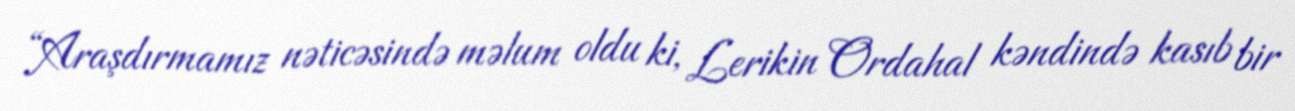
“Araşdırmamız nəticəsində məlum oldu ki, Lerikin Ordahal kəndində kasıb bir